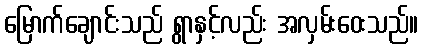
မြောက်ချောင်းသည် ရွာနှင့်လည်း အလှမ်းဝေးသည်။